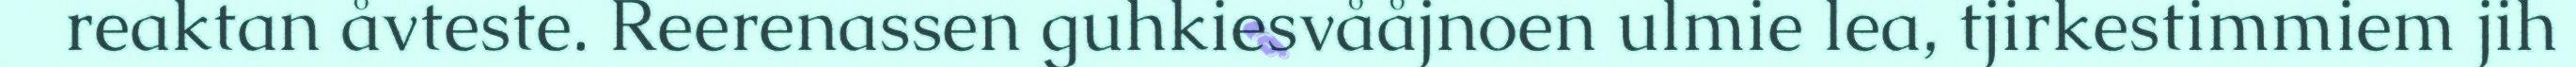
reaktan åvteste. Reerenassen guhkiesvååjnoen ulmie lea, tjirkestimmiem jih